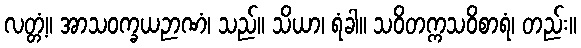
လတ္တံ့။ အာသဝက္ခယဉာဏံ၊ သည်။ သိယာ၊ ရံခါ။ သဝိတက္ကသဝိစာရံ၊ တည်း။